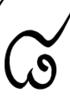
៨